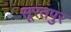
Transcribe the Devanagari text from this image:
सूरतपुर